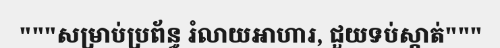
"""សម្រាប់ប្រព័ន្ធ រំលាយអាហារ, ជួយទប់ស្កាត់"""